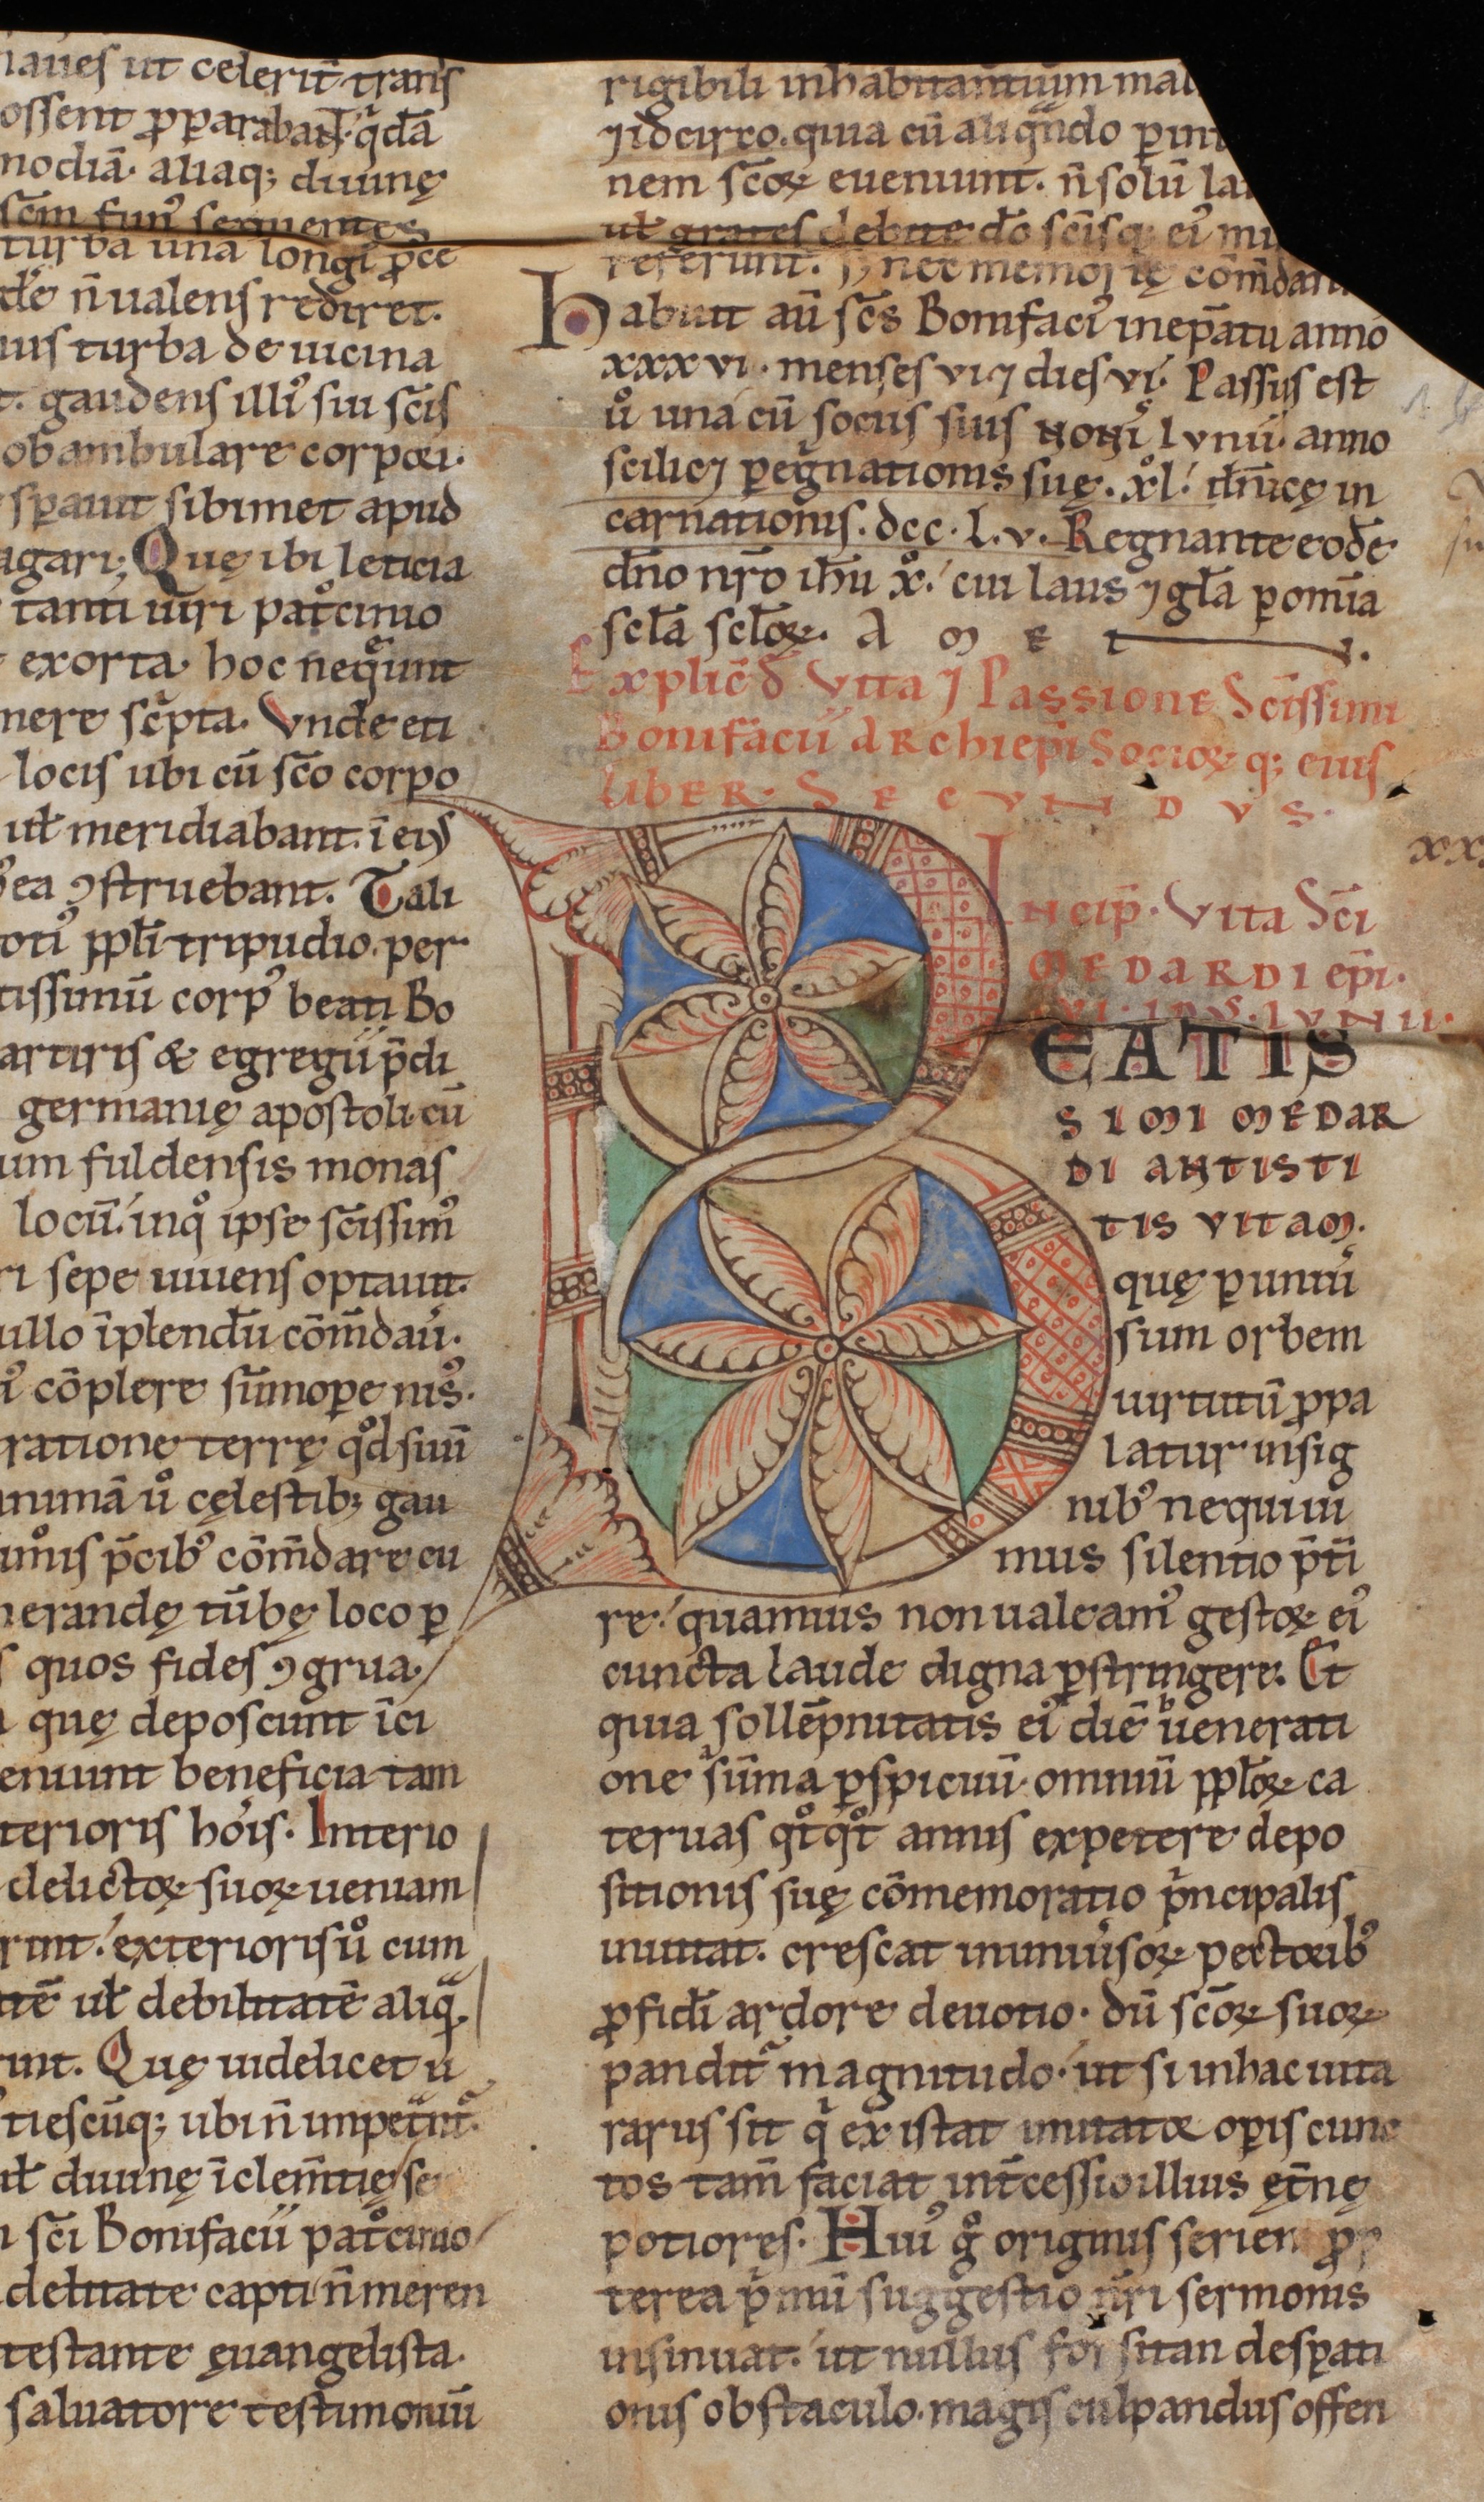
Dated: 1140–1170